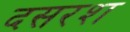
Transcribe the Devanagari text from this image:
दसरश